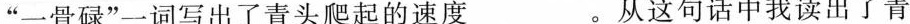
”一骨碌”一词写出了青头爬起的速度___。从这句话中我读出了青